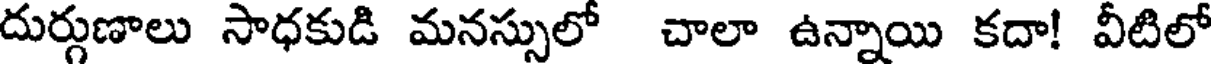
దుర్గుణాలు సాధకుడి మనస్సులో చాలా ఉన్నాయి కదా! వీటిలో